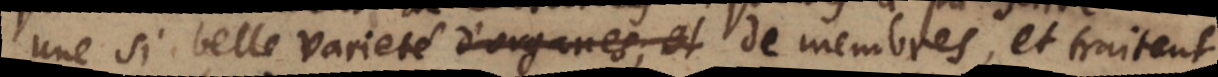
une si belle varieté d’organes et de membres, et traitent